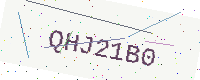
Text: QHJ21B0